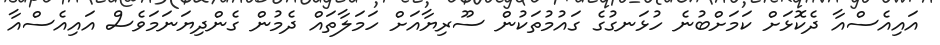
އައިއެސްއާ ދެކޮޅަށް ކަމަށްބުނެ ހުޅަނގުގެ ގައުމުތަކުން ސޫރިޔާއަށް ހަމަލާތައް ދެމުން ގެންދިޔަނަމަވެސް އައިއެސްއާ